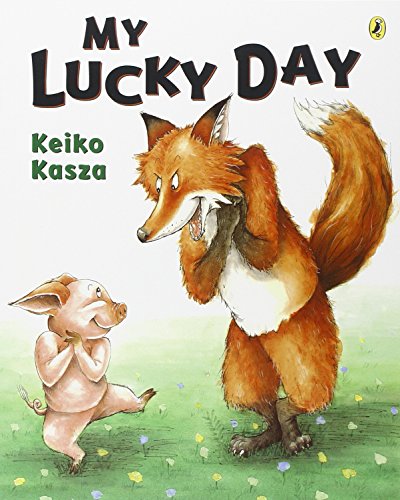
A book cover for My Lucky Day; Keiko Kasza; Children's Books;